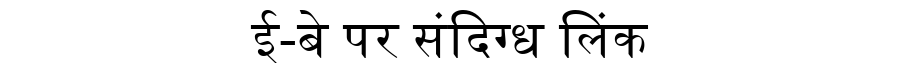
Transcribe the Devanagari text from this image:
ई-बे पर संदिग्ध लिंक